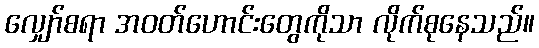
လျှော်စရာ အဝတ်ဟောင်းတွေကိုသာ လိုက်စုနေသည်။